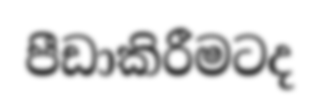
පීඩාකිරීමටද